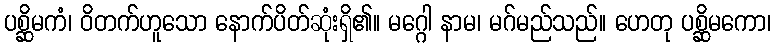
ပစ္ဆိမကံ၊ ဝိတက်ဟူသော နောက်ပိတ်ဆုံးရှိ၏။ မဂ္ဂေါ နာမ၊ မဂ်မည်သည်။ ဟေတု ပစ္ဆိမကော၊